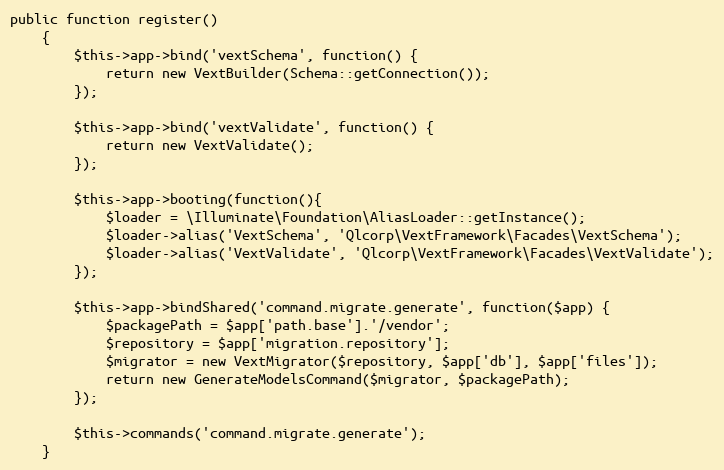
Language: PHP
public function register()
	{
        $this->app->bind('vextSchema', function() {
            return new VextBuilder(Schema::getConnection());
        });

        $this->app->bind('vextValidate', function() {
            return new VextValidate();
        });

        $this->app->booting(function(){
            $loader = \Illuminate\Foundation\AliasLoader::getInstance();
            $loader->alias('VextSchema', 'Qlcorp\VextFramework\Facades\VextSchema');
            $loader->alias('VextValidate', 'Qlcorp\VextFramework\Facades\VextValidate');
        });

        $this->app->bindShared('command.migrate.generate', function($app) {
            $packagePath = $app['path.base'].'/vendor';
            $repository = $app['migration.repository'];
            $migrator = new VextMigrator($repository, $app['db'], $app['files']);
            return new GenerateModelsCommand($migrator, $packagePath);
        });

        $this->commands('command.migrate.generate');
	}